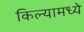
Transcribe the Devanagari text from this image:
किल्यामध्ये